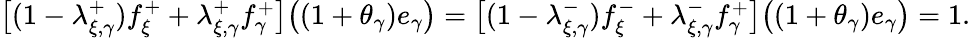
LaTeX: \textstyle\bigl[(1-\lambda_{\xi,\gamma}^{+})f_{\xi}^{+}+\lambda_{\xi,\gamma}^{+}f_{\gamma}^{+}\bigr]\bigl((1+\theta_{\gamma})e_{\gamma}\bigr)=\bigl[(1-\lambda_{\xi,\gamma}^{-})f_{\xi}^{-}+\lambda_{\xi,\gamma}^{-}f_{\gamma}^{+}\bigr]\bigl((1+\theta_{\gamma})e_{\gamma}\bigr)=1.